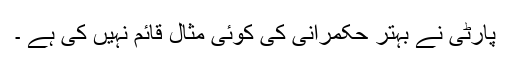
پارٹی نے بہتر حکمرانی کی کوئی مثال قائم نہیں کی ہے ۔